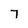
Character: 7